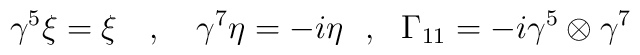
\gamma^5 \xi = \xi~~~,~~~\gamma^7 \eta = - i \eta~~,~~\Gamma_{11}= -i\gamma^5 \otimes \gamma^7